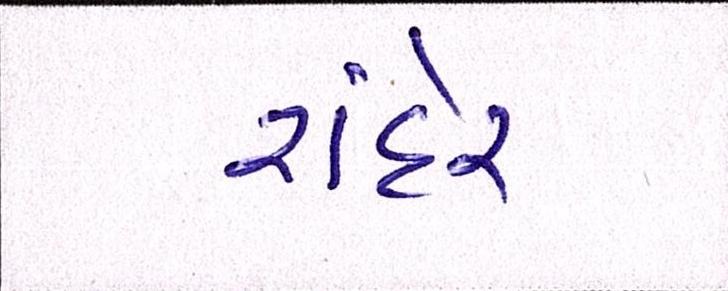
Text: રાંદેર